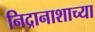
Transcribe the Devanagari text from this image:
निद्रानाशाच्या